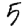
Digit: 5